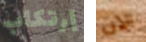
إرتكاب الان